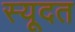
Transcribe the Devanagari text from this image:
स्यूदत